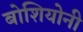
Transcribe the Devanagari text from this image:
बोशियोनी